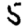
Digit: 5